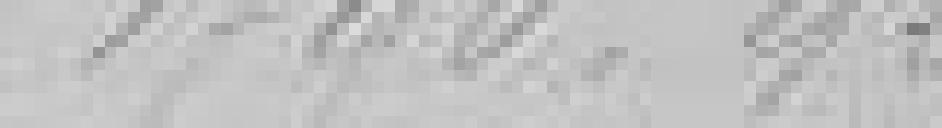
1790,92